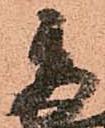
秀